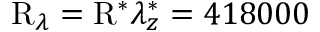
\mathrm { R } _ { \lambda } = \mathrm { R } ^ { \ast } \lambda _ { z } ^ { \ast } = 4 1 8 0 0 0